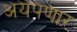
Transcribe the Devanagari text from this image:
अयपणार